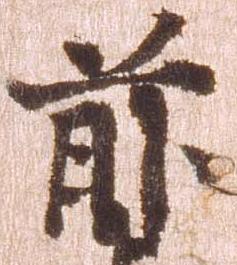
前